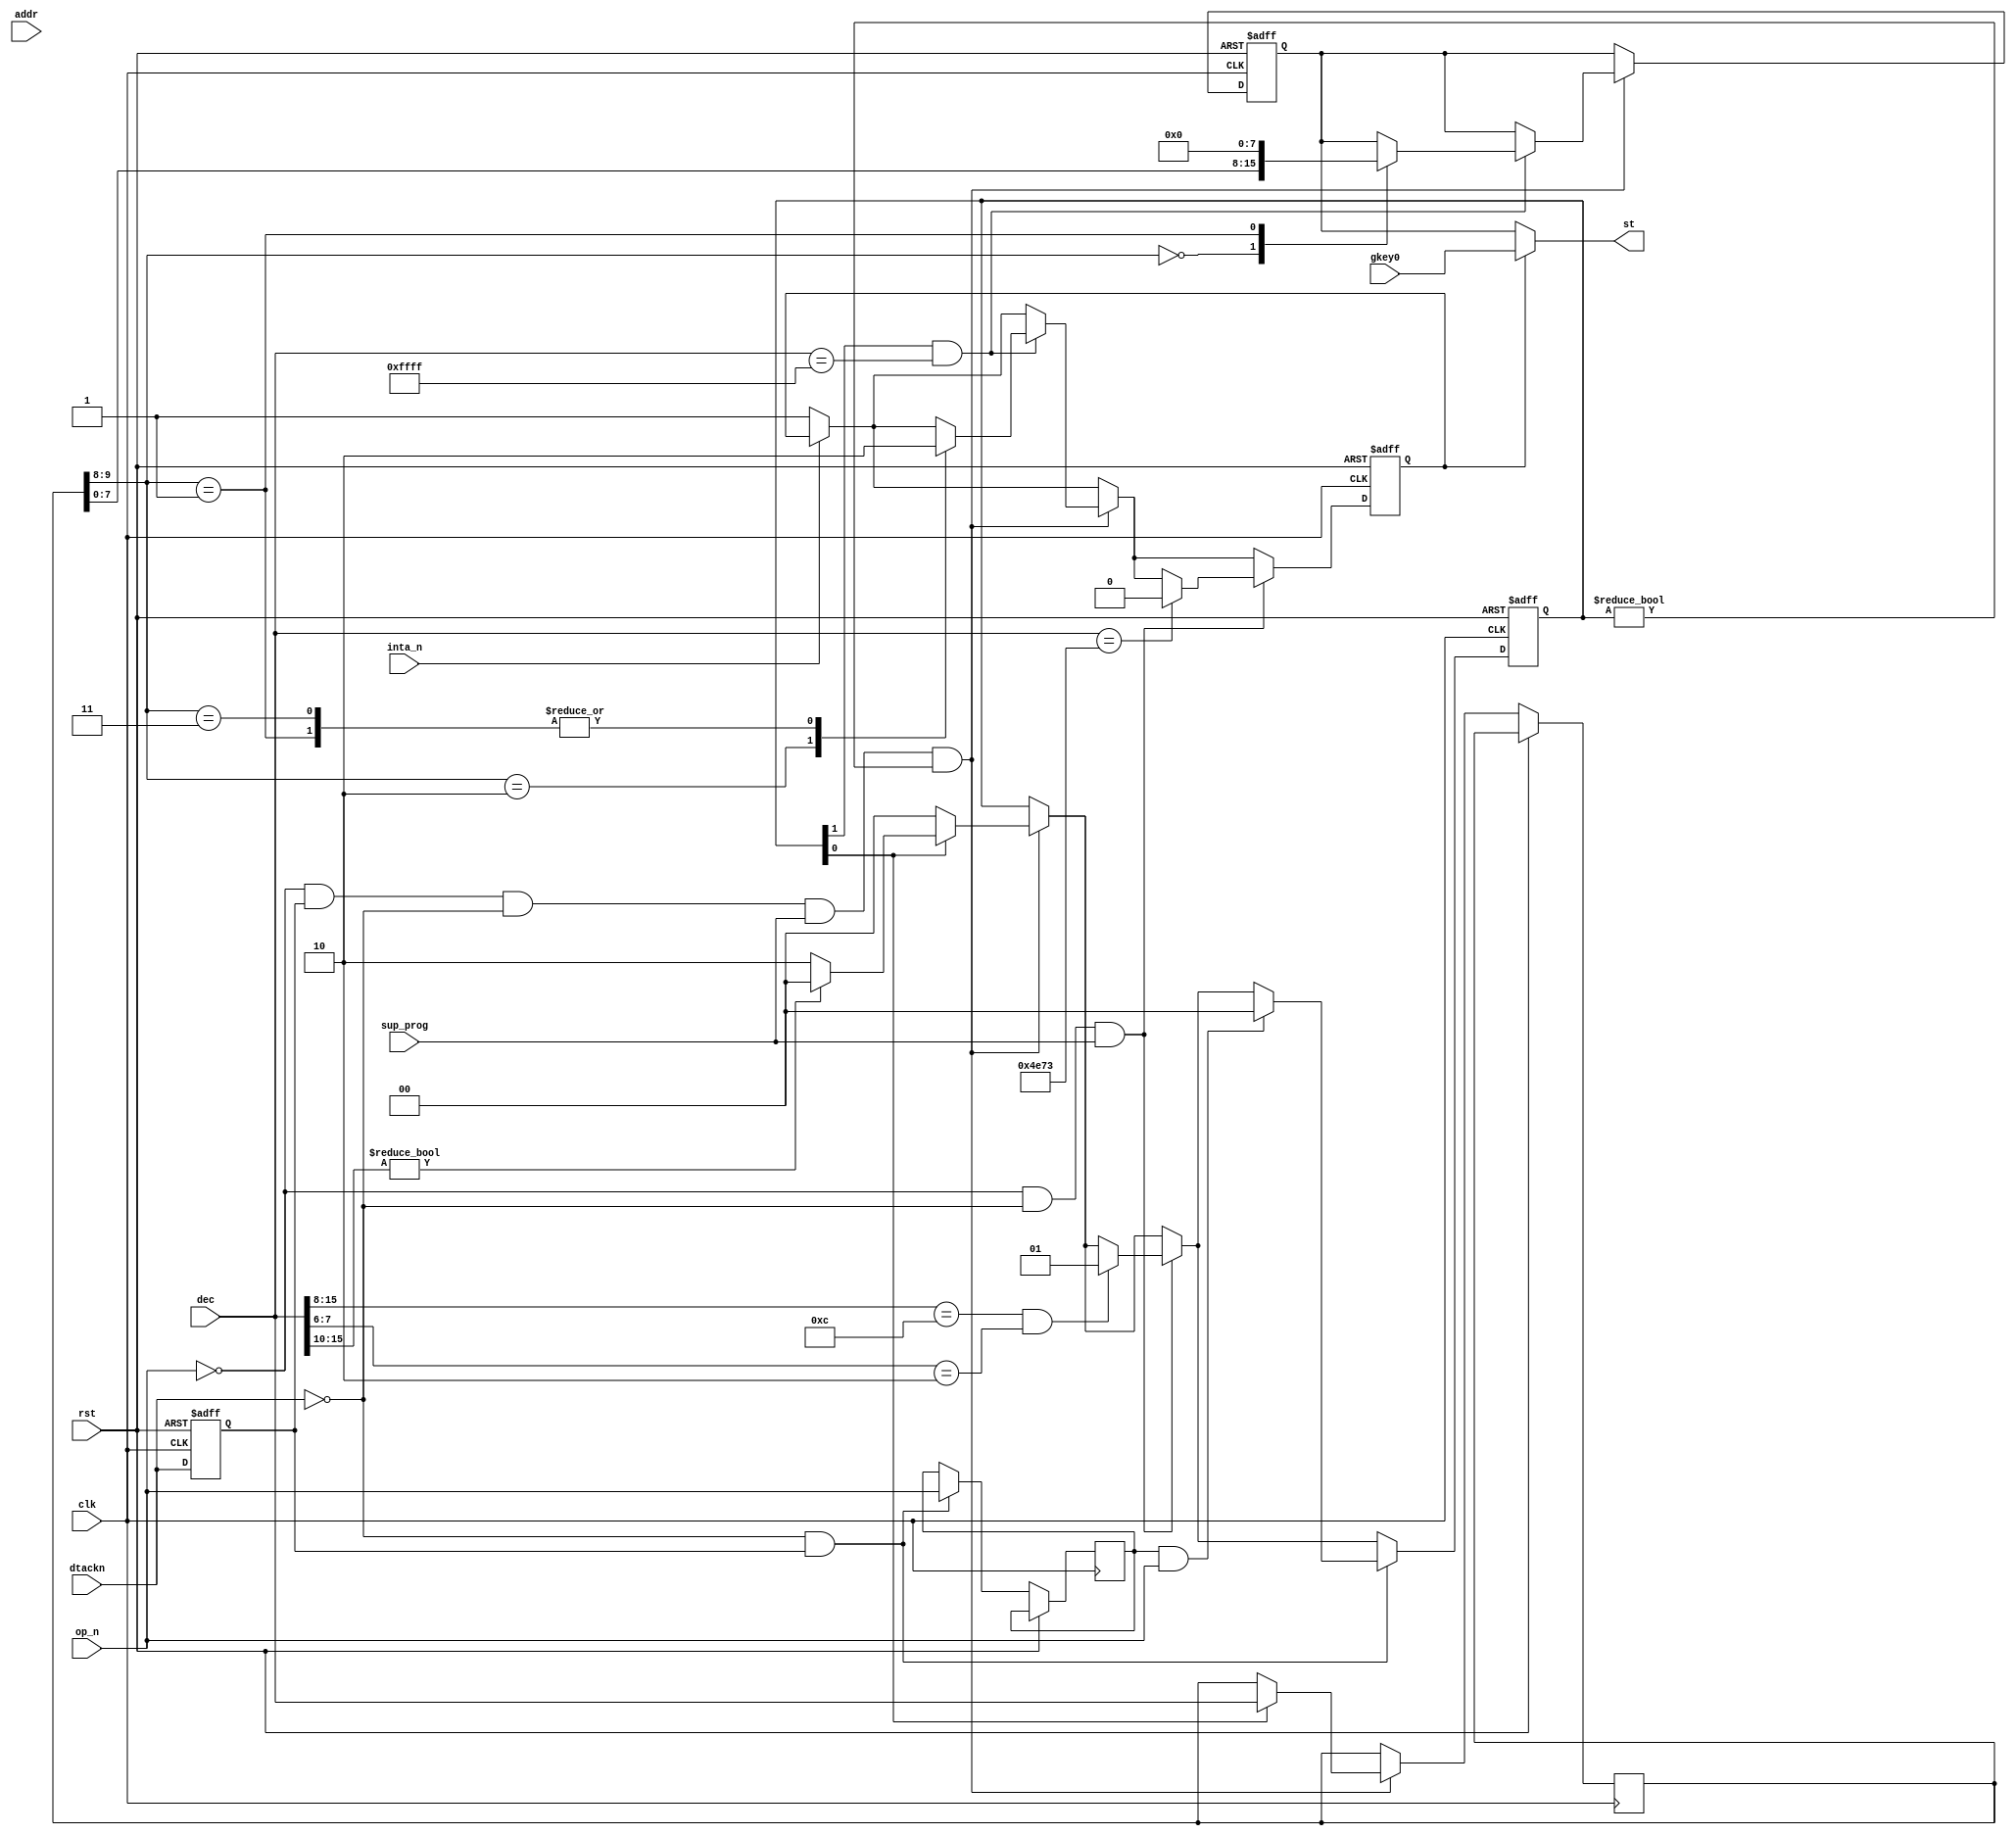
/*  This file is part of JTS16.
    JTS16 program is free software: you can redistribute it and/or modify
    it under the terms of the GNU General Public License as published by
    the Free Software Foundation, either version 3 of the License, or
    (at your option) any later version.

    JTS16 program is distributed in the hope that it will be useful,
    but WITHOUT ANY WARRANTY; without even the implied warranty of
    MERCHANTABILITY or FITNESS FOR A PARTICULAR PURPOSE.  See the
    GNU General Public License for more details.

    You should have received a copy of the GNU General Public License
    along with JTS16.  If not, see <http://www.gnu.org/licenses/>.

    Author: Jose Tejada Gomez. Twitter: @topapate
    Version: 1.0
    Date: 20-6-2021 */

module jts16_fd1094_ctrl(
    input             rst,
    input             clk,

    // Operation
    input             inta_n,      // interrupt acknowledgement
    input             op_n,

    input      [23:1] addr,
    input      [15:0] dec,    
    input      [ 7:0] gkey0,

    input             sup_prog,
    input             dtackn,
    output     [ 7:0] st
);

reg [ 7:0] state;
reg        irqmode;
reg [ 1:0] stchange;
reg [15:0] stcode;
reg        dtacknl, other;
wire       stadv;

assign st    = irqmode ? gkey0 : state;
assign stadv = !op_n && dtacknl && !dtackn && sup_prog && stchange!=0;

always @(posedge clk, posedge rst) begin
    if( rst ) begin
        state     <= 0;
        stchange  <= 0;
        irqmode   <= 0;
        dtacknl   <= 0;
    end else begin
        dtacknl <= dtackn;
        if( !inta_n ) irqmode <= 1;
        if( stadv ) begin
            stchange <= stchange << 1;
            if( stchange[0] ) begin
                stcode <= dec;
                if( dec[15:10]!=0 ) stchange <= 0; // not a cmpi.l #$00/01/02/03
            end
            if( stchange[1] && dec==16'hffff ) begin
                case( stcode[9:8])
                    0: state <= stcode[7:0];
                    1: begin
                        state   <= 0; // reset
                        irqmode <= 0;
                    end
                    2: irqmode <= 1; // enter interruption
                    3: irqmode <= 0; // leave interruption
                endcase
            end
        end
        if( !op_n && !dtackn && sup_prog /*&& stchange==0*/ ) begin
            // cmpi.l #data
            if( dec[15:8]==8'h0c && dec[7:6]==2'b10 ) begin
                stchange <= 2'b01;
            end
            // rte
            if( dec == 16'h4e73 ) irqmode <= 0;
        end
        if( !dtackn && dtacknl ) begin
            other <= op_n;
            if(other && op_n) stchange<=0;
        end
    end
end

endmodule